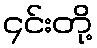
၄င်းတို့